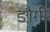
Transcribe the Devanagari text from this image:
ङौगी